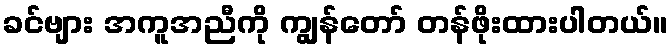
ခင်ဗျား အကူအညီကို ကျွန်တော် တန်ဖိုးထားပါတယ်။